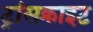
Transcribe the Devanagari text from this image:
ट्रांसक्राइट